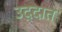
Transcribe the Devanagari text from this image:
उद्दात